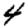
Digit: 4